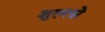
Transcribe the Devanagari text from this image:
शुल्त्से